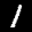
Label: 1